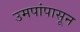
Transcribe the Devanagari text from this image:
उमपांपासून